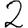
Digit: 2